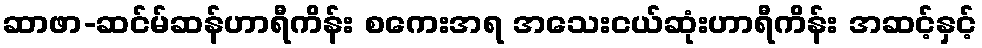
ဆာဖာ-ဆင်မ်ဆန်ဟာရီကိန်း စကေးအရ အသေးငယ်ဆုံးဟာရီကိန်း အဆင့်နှင့်